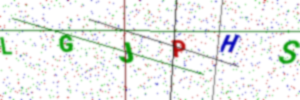
Text: LGJPHS